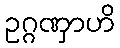
ဥဂ္ဂဏှာဟိ